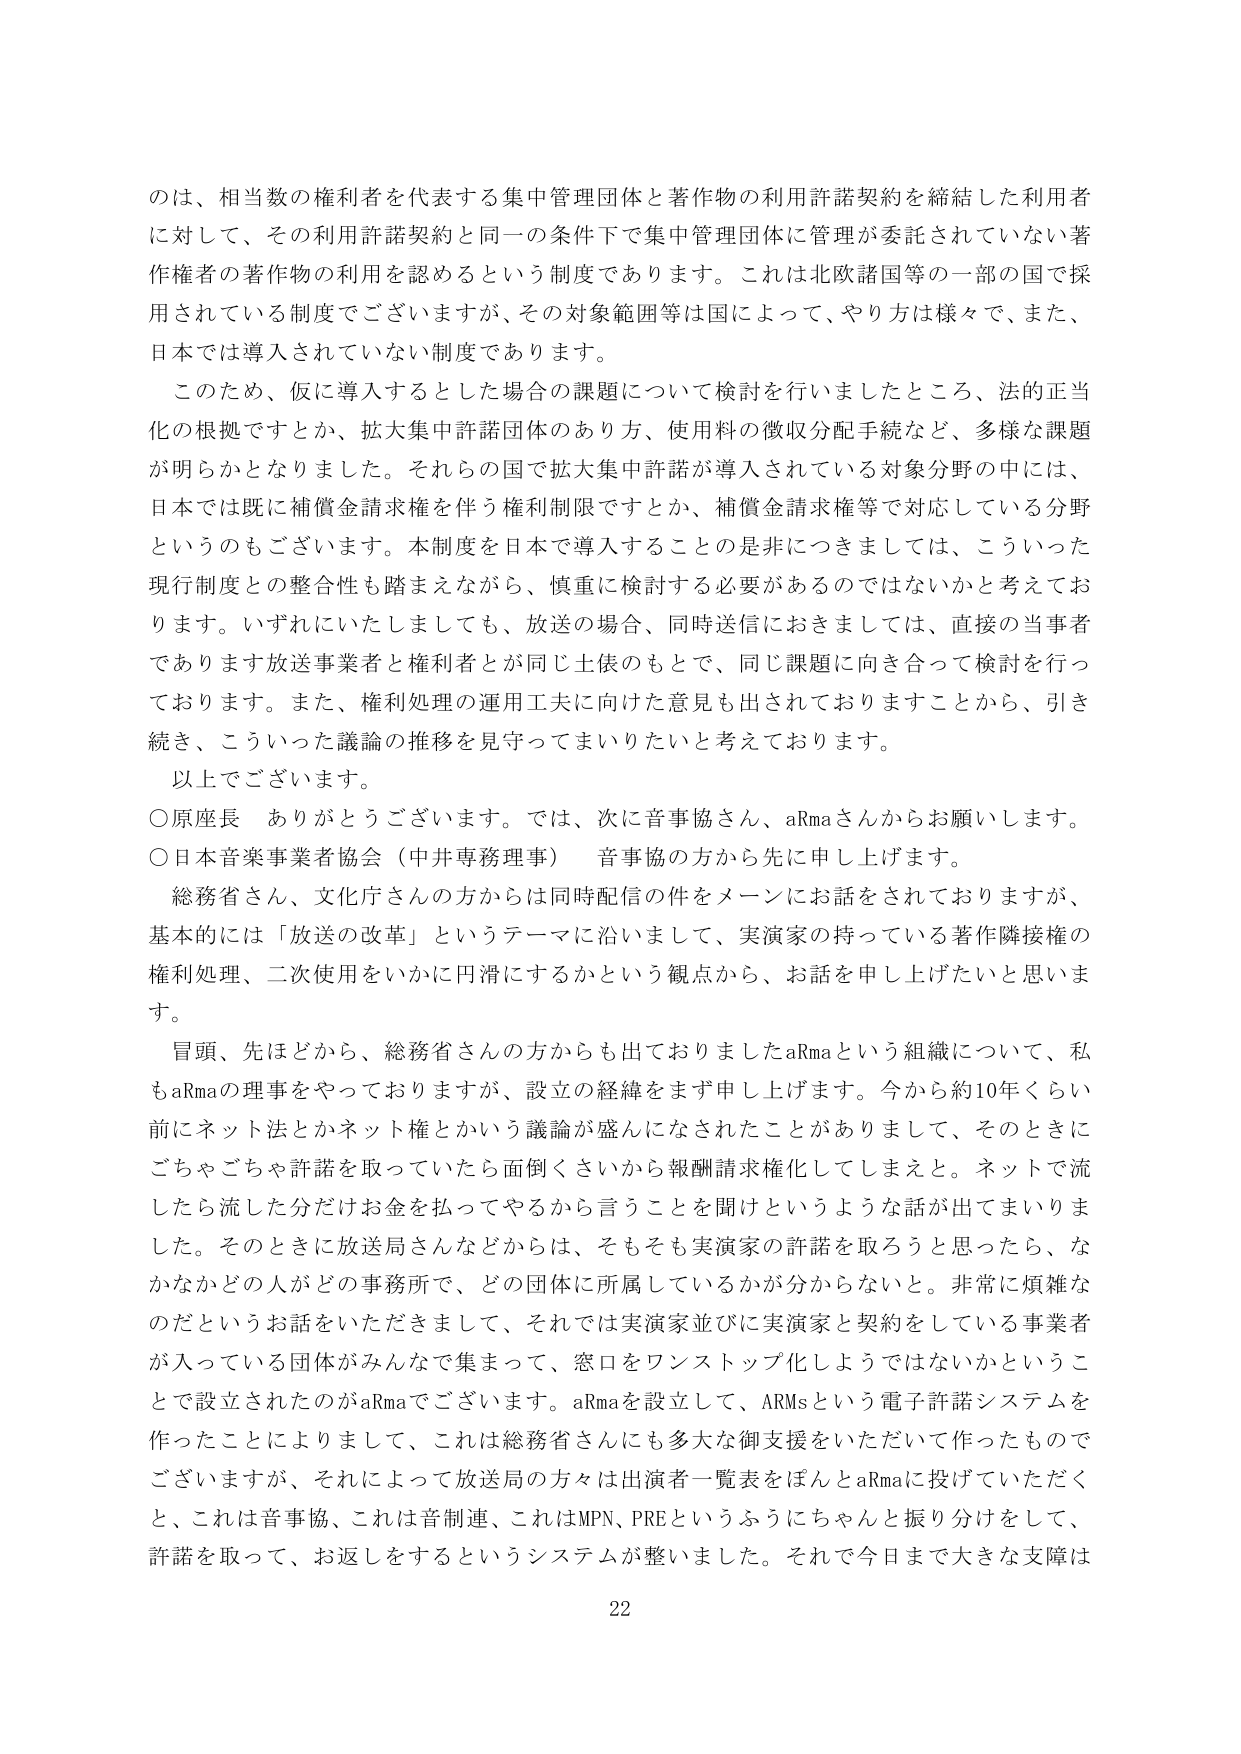
のは、相当数の権利者を代表する集中管理団体と著作物の利用許諾契約を締結した利用者に対して、その利用許諾契約と同一の条件下で集中管理団体に管理が委託されていない著作権者の著作物の利用を認めるという制度であります。これは北欧諸国等の一部の国で採用されている制度でございますが、その対象範囲等は国によって、やり方は様々で、また、日本では導入されていない制度であります。

このため、仮に導入するとした場合の課題について検討を行いましたところ、法的正当化の根拠ですとか、拡大集中許諾団体のあり方、使用料の徴収分配手続など、多様な課題が明らかとなりました。それらの国で拡大集中許諾が導入されている対象分野の中には、日本では既に補償金請求権を伴う権利制限ですとか、補償金請求権等で対応している分野というのもございます。本制度を日本で導入することの是非につきましては、こういった現行制度との整合性も踏まえながら、慎重に検討する必要があるのではないかと考えております。いずれにいたしましても、放送の場合、同時送信におきましては、直接の当事者であります放送事業者と権利者が同じ土俵のもとで、同じ課題に向き合って検討を行っております。また、権利処理の運用工夫に向けた意見も出されておりますことから、引き続き、こういった議論の推移を見守ってまいりたいと考えております。

以上でございます。

○原座長　ありがとうございます。では、次に音事協さん、aRmaさんからお願いします。

○日本音楽事業者協会（中井専務理事）　音事協の方から先に申し上げます。

総務省さん、文化庁さんの方からは同時配信の件をメーンにお話をされておりますが、基本的には「放送の改革」というテーマに沿いまして、実演家の持っている著作隣接権の権利処理、二次使用をいかに円滑にするかという観点から、お話を申し上げたいと思います。

冒頭、先ほどから、総務省さんの方からも出ておりましたaRmaという組織について、私もaRmaの理事をやっておりますが、設立の経緯をまず申し上げます。今から約10年くらい前にネット法とかネット権とかいう議論が盛んになされたことがありまして、そのときにごちゃごちゃ許諾を取っていたら面倒くさいから報酬請求権化してしまえと。ネットで流したら流した分だけお金を払ってやるから言うことを聞けというような話が出てまいりました。そのときに放送局さんなどからは、そもそも実演家の許諾を取ろうと思ったら、なかなかどの人がどの事務所で、どの団体に所属しているかが分からないと。非常に煩雑なのだというお話をいただきまして、それでは実演家並びに実演家と契約をしている事業者が入っている団体がみんなで集まって、窓口をワンストップ化しようではないかということで設立されたのがaRmaでございます。aRmaを設立して、ARMsという電子許諾システムを作ったことによりまして、これは総務省さんにも多大な御支援をいただいて作ったものでございますが、それによって放送局の方々は出演者一覧表をほとんどaRmaに投げていただくと、これは音事協、これは音制連、これはMPN、PREというふうにちゃんと振り分けをして、許諾を取って、お返しをするというシステムが整いました。それで今日まで大きな支障は

22